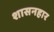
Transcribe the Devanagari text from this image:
शासनहार